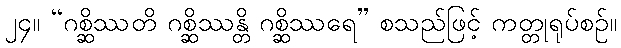
၂၄။ “ဂစ္ဆိဿတိ ဂစ္ဆိဿန္တိ ဂစ္ဆိဿရေ” စသည်ဖြင့် ကတ္တုရုပ်စဉ်။